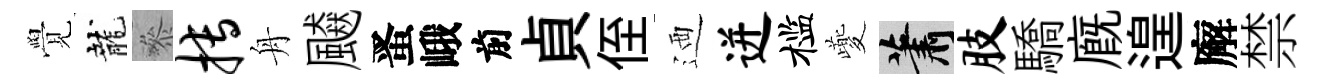
覺龍叅搏舟飇󱉠峨前貞侄迺迸槛夔蕭肢驕廐遑廨禁